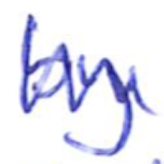
Text: by
Cross-out: mix
Writing tool: ballpoint